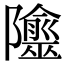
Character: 𨽙